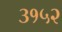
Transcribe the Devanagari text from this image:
३१५२